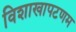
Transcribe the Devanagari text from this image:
विशाखापटणम